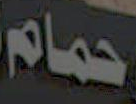
حمام